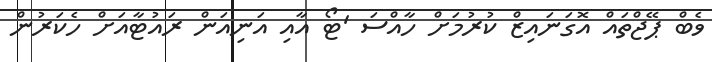
ވެބް ޕޭޖްތައް އޮގަނައިޒް ކުރުމަށް ހާއްސަ 'ޓޯ އާއި އަނިއަން ރައުޓާއަށް ހެކަރުން